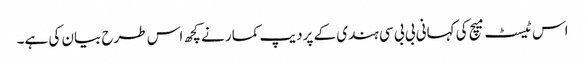
اس ٹیسٹ میچ کی کہانی بی بی سی ہندی کے پردیپ کمار نے کچھ اس طرح بیان کی ہے۔